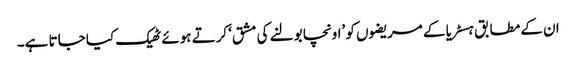
ان کے مطابق ہسٹریا کے مریضوں کو ’اونچا بولنے کی مشق‘ کرتے ہوئے ٹھیک کیا جاتا ہے۔